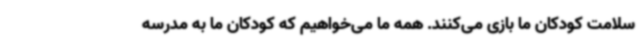
سلامت کودکان ما بازی می‌کنند. همه ما می‌خواهیم که کودکان ما به مدرسه